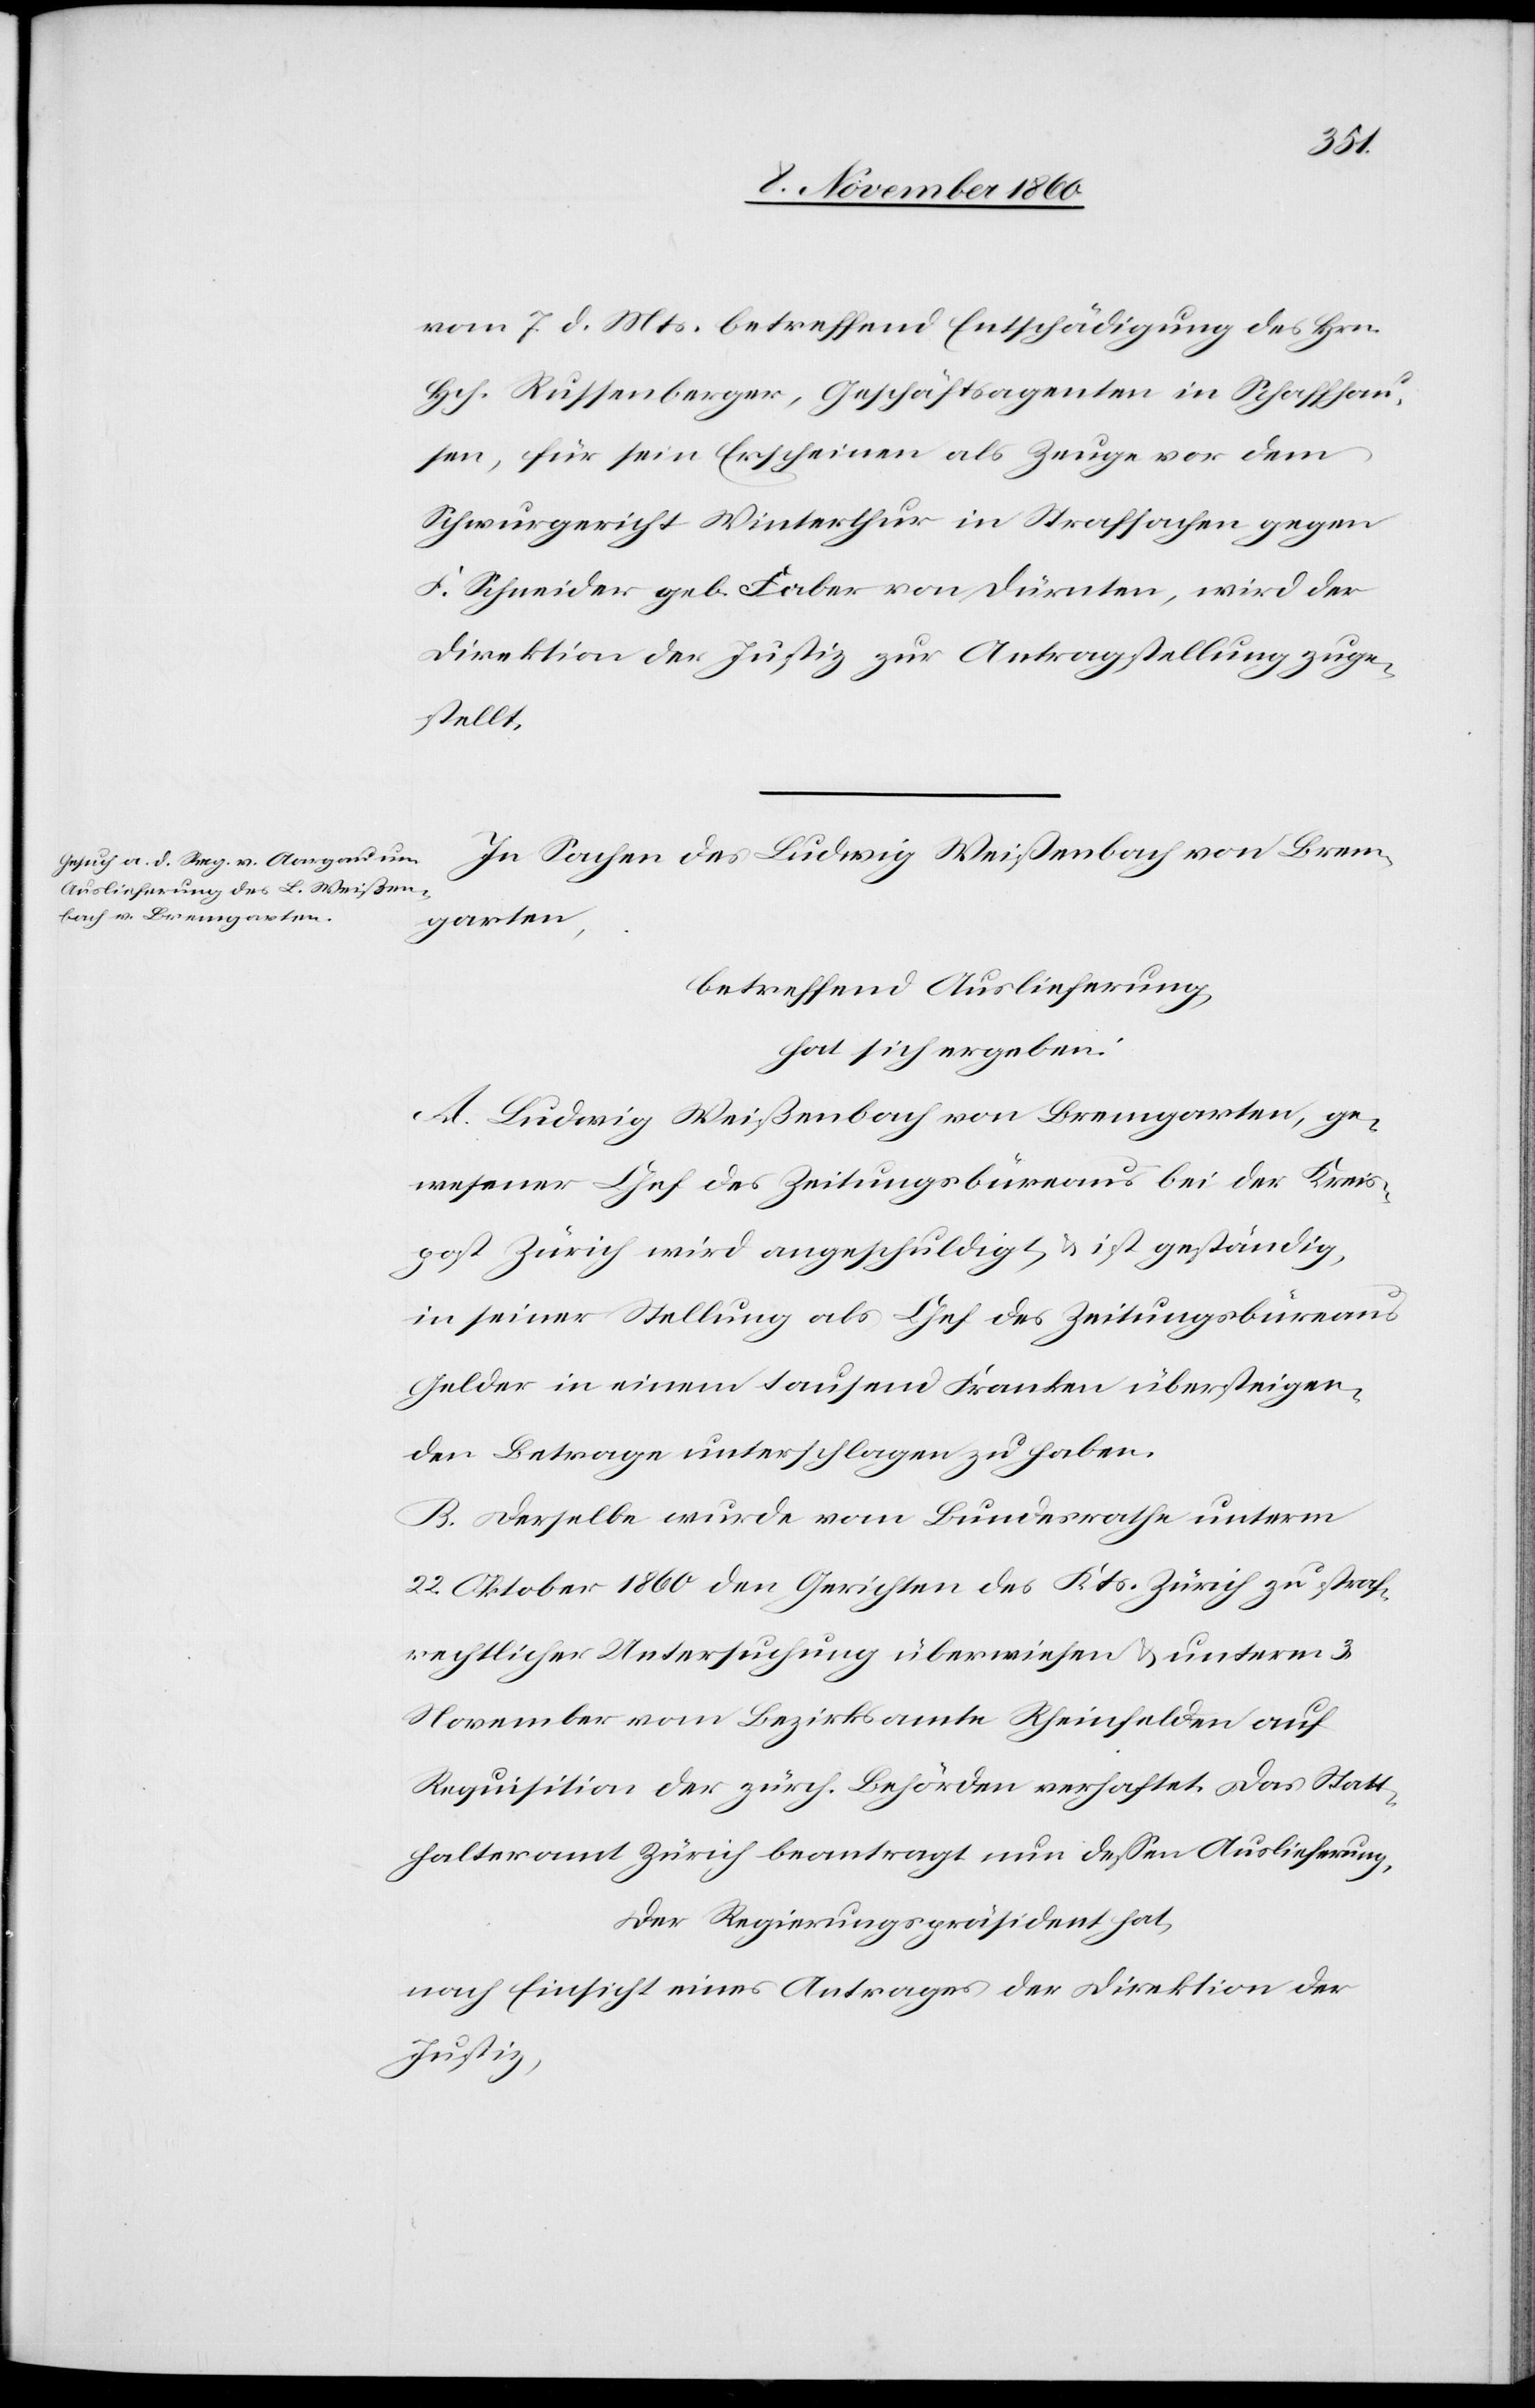
10. November 1860.]
vom 7. d. Mts. betreffend Entschädigung des Hrn.
Hch. Russenberger, Geschäftsagenten in Schaffhau¬
sen, für sein Erscheinen als Zeuge vor dem
Schwurgericht Winterthur in Strafsachen gegen
F. Schneider geb. Faber von Dürnten, wird der
Direktion der Justiz zur Antragstellung zuge¬
stellt.
In Sachen des Ludwig Weißenbach von Brem¬
garten,
betreffend Auslieferung
hat sich ergeben:
A. Ludwig Weißenbach von Bremgarten, ge¬
wesener Chef des Zeitungsbüreaus bei der Kreis¬
post Zürich wird angeschuldigt u. ist geständig,
in seiner Stellung als Chef des Zeitungsbüreaus
Gelder in einem tausend Franken übersteigen¬
den Betrage unterschlagen zu haben.
B. Derselbe wurde vom Bundesrathe unterm
22. Oktober 1860 den Gerichten des Kts. Zürich zu straf¬
rechtlicher Untersuchung überwiesen u. unterm 3.
November vom Bezirksamte Rheinfelden auf
Requisition der zürch. Behörden verhaftet. Das Statt¬
halteramt Zürich beantragt nun dessen Auslieferung.
Der Regierungspräsident hat,
nach Einsicht eines Antrages der Direktion der
Justiz